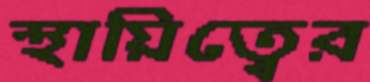
স্থায়িত্বের